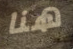
هنا